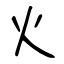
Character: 火